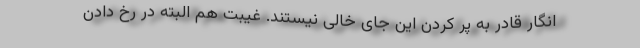
انگار قادر به پر کردن این جای خالی نیستند. غیبت هم البته در رخ دادن